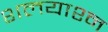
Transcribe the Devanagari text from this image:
शलयाश्न